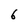
Character: 6